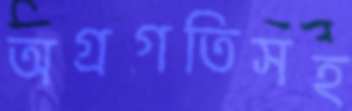
অগ্রগতিসহ